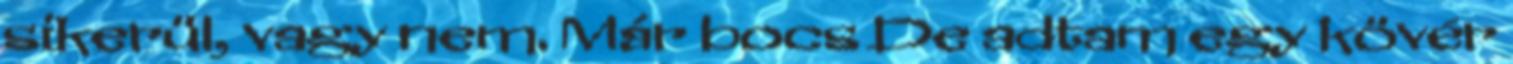
sikerül, vagy nem. Már bocs De adtam egy kövér